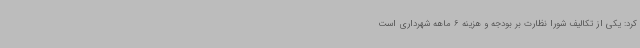
کرد: یکی از تکالیف شورا نظارت بر بودجه و هزینه 6 ماهه شهرداری است